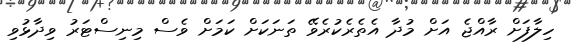
ހިލާފަށް ރާއްޖެ އަށް މުދާ އެތެރެކުރެވޭ ތަނަކަށް ކަމަށް ވެސް މިނިސްޓަރު ވިދާޅުވި